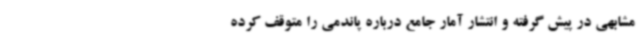
مشابهی در پیش گرفته و انتشار آمار جامع درباره پاندمی را متوقف کرده